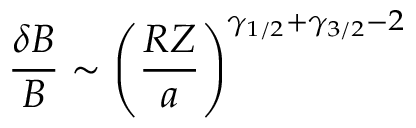
\frac { \delta B } { B } \sim \left( \frac { R Z } { a } \right) ^ { \gamma _ { 1 / 2 } + \gamma _ { 3 / 2 } - 2 }